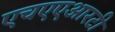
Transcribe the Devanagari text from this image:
एचएएआरटी